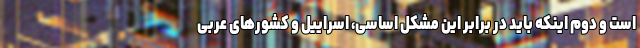
است و دوم اینکه باید در برابر این مشکل اساسی، اسراییل و کشورهای عربی